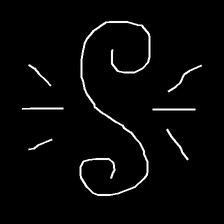
Glyph: wind-directs-air